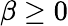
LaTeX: \beta\ge 0